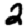
Digit: 2